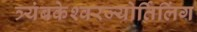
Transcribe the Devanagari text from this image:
त्र्यंबकेश्‍वरज्योर्तिलिंग